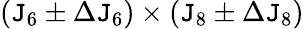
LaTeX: (\mathtt{J}_{6}\pm\Delta\mathtt{J}_{6})\times(\mathtt{J}_{8}\pm\Delta\mathtt{J}_{8})